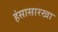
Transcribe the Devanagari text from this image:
हंसासारखा